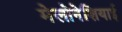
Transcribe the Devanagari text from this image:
मेलोनेशियाई